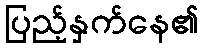
ပြည့်နှက်နေ၏